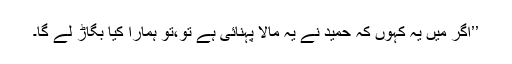
’’اگر میں یہ کہوں کہ حمید نے یہ مالا پہنائی ہے تو،تو ہمارا کیا بگاڑ لے گا۔